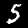
Digit: 5